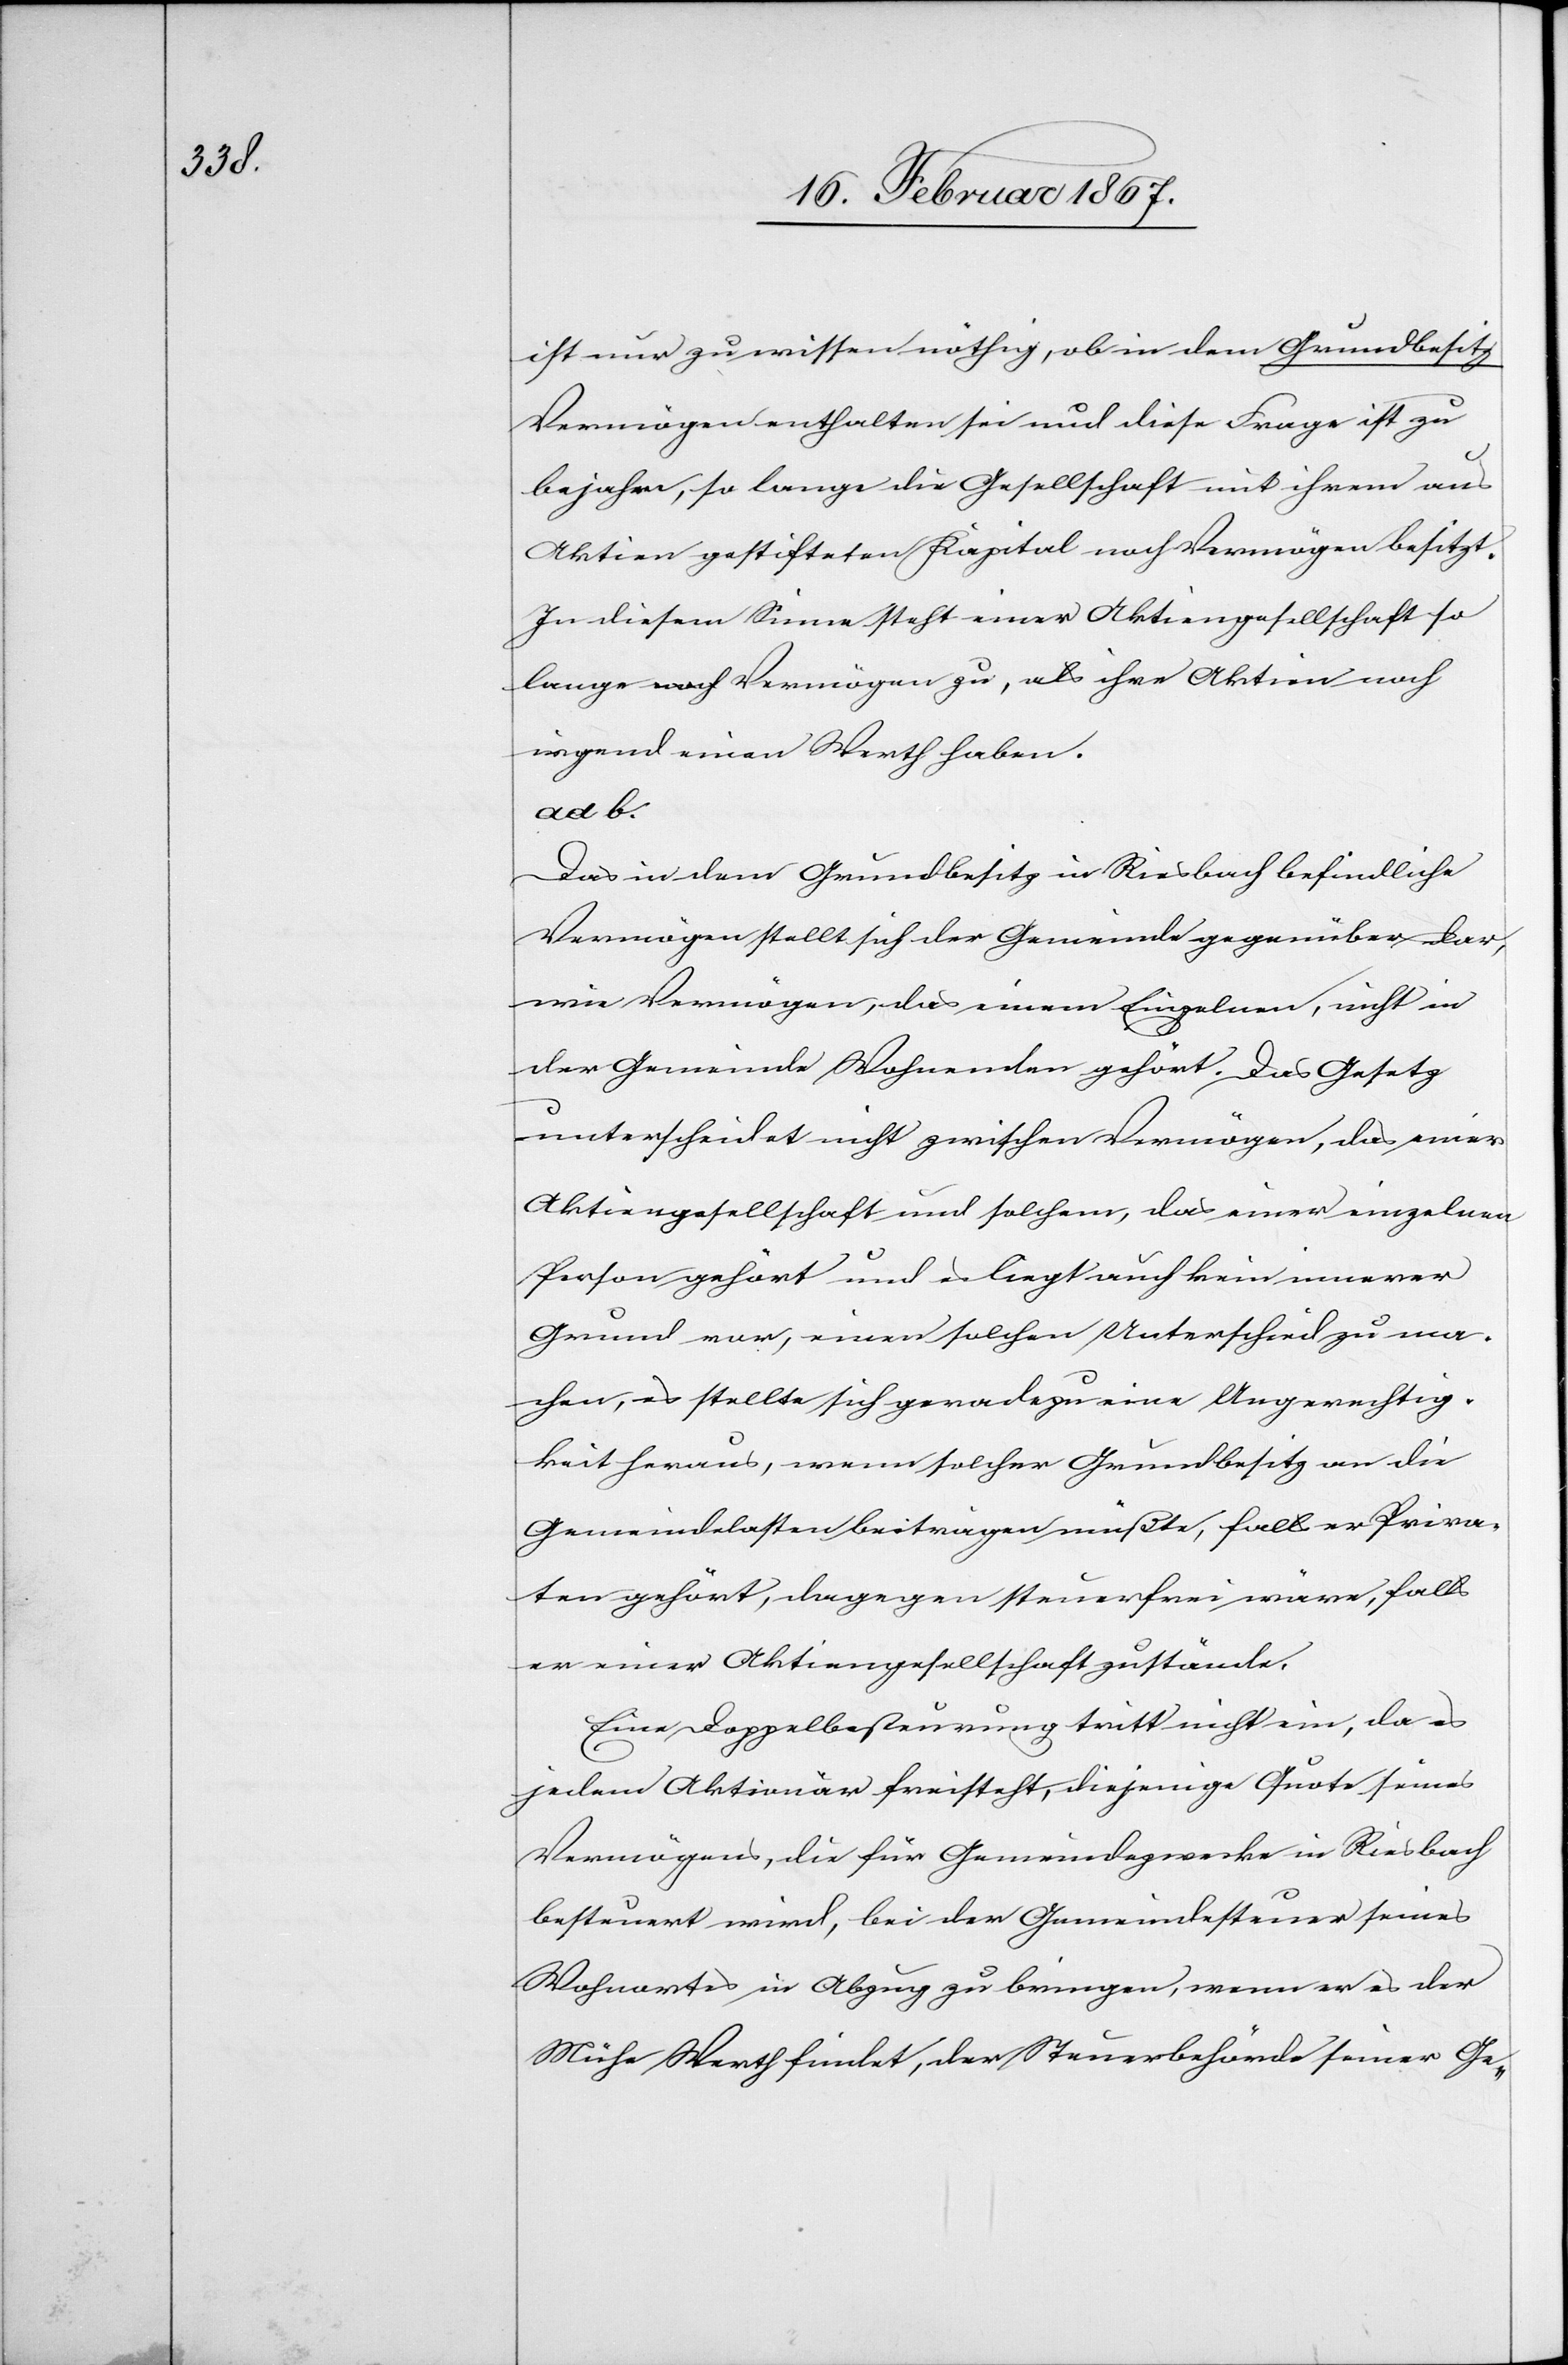
ist nur zu wissen nöthig, ob in dem Grundbesitz
Vermögen enthalten sei und diese Frage ist zu
bejahen, so lange die Gesellschaft mit ihrem aus
Aktien gestifteten Kapital noch Vermögen besitzt.
In diesem Sinne steht einer Aktiengesellschaft so
lange noch Vermögen zu, als ihre Aktien noch
irgend einen Werth haben.
ad b.
Das in dem Grundbesitz in Riesbach befindliche
Vermögen stellt sich der Gemeinde gegenüber dar,
wie Vermögen, das einem Einzelnen, nicht in
der Gemeinde Wohnenden gehört. Das Gesetz
unterscheidet nicht zwischen Vermögen, das einer
Aktiengesellschaft und solchem, das einer einzelnen
Person gehört und es liegt auch kein innerer
Grund vor, einen solchen Unterschied zu ma¬
chen, es stellte sich geradezu eine Ungerechtig¬
keit heraus, wenn solcher Grundbesitz an die
Gemeindelasten beitragen müßte, falls er Priva¬
ten gehört, dagegen steuerfrei wäre, falls
er einer Aktiengesellschaft zustände.
Eine Doppelbesteuerung tritt nicht ein, da es
jedem Aktionär freisteht, diejenige Quote seines
Vermögens, die für Gemeindezwecke in Riesbach
besteuert wird, bei der Gemeindesteuer seines
Wohnortes in Abzug zu bringen, wenn er es der
Mühe Werth findet, der Steuerbehörde seiner Ge-